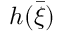
h ( \bar { \xi } )